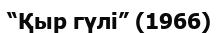
“Қыр гүлі” (1966)